Asutav_Kogu, lk 41
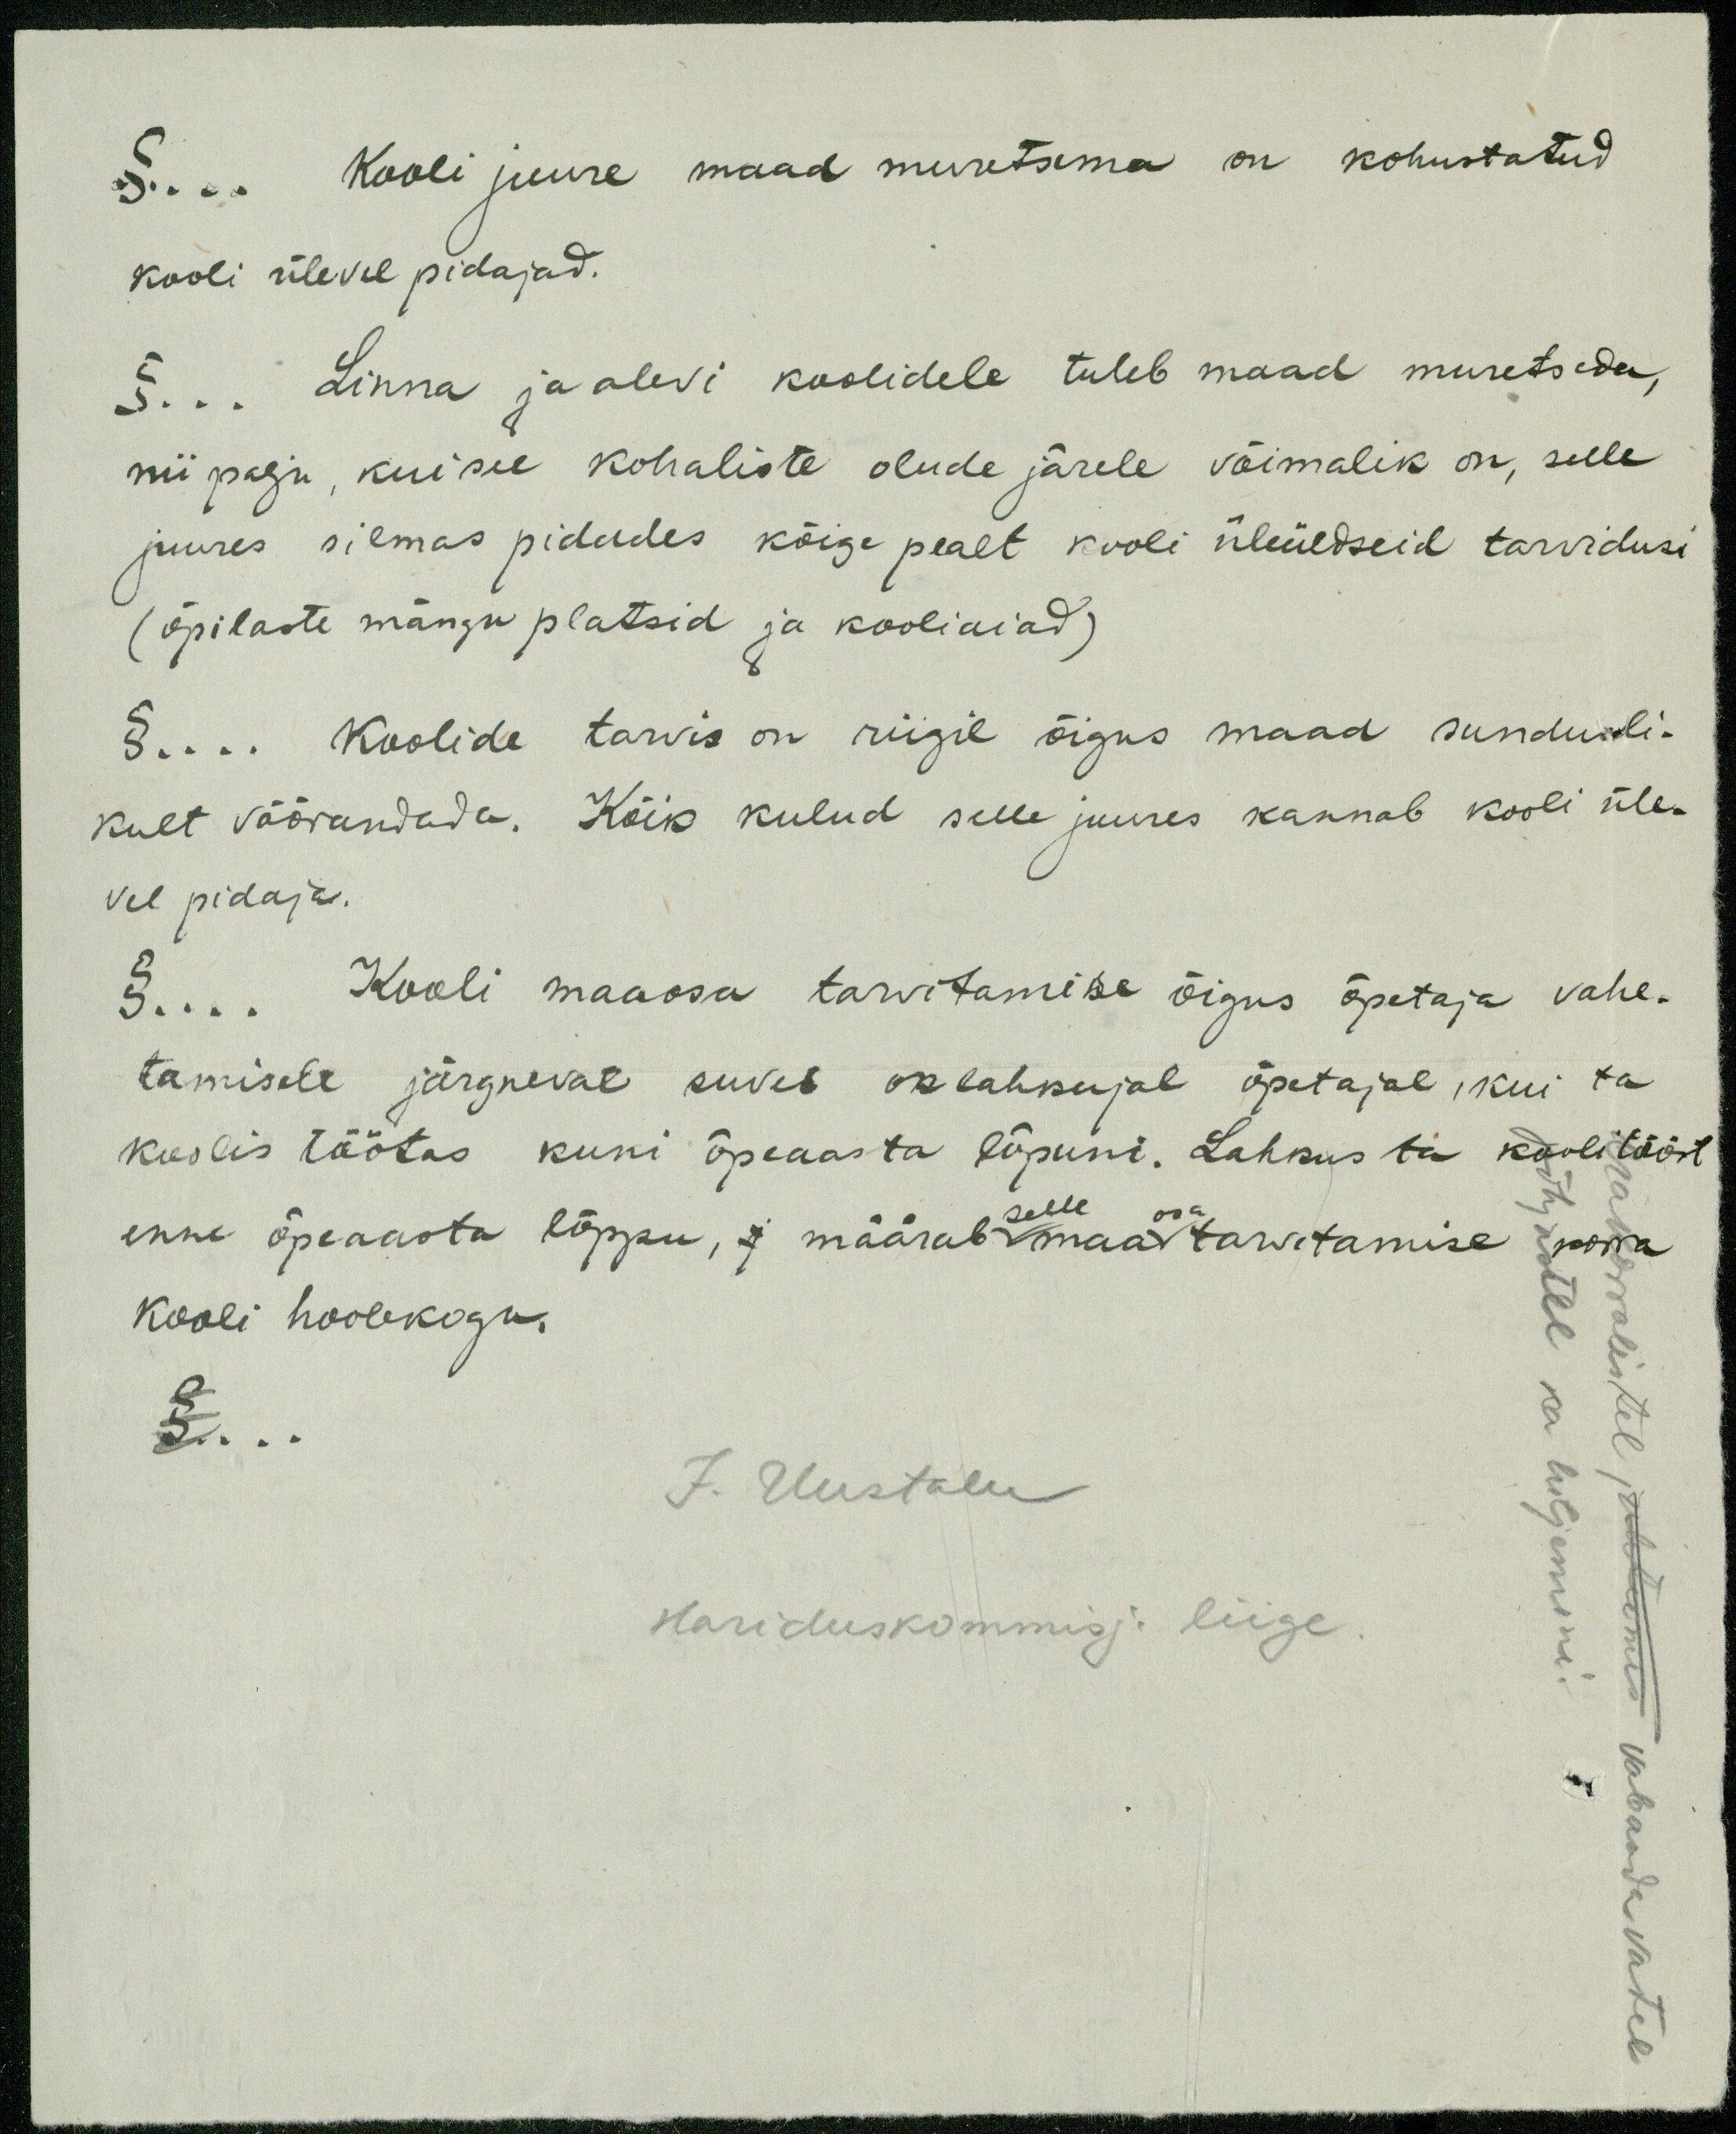
§... Kooli juure maad muretsema on kohustatud
kooli üleval pidajad.
§... Linna ja alevi koolidele tuleb maad muretseda,
nii palju, kui see kohaliste olude järele võimalik on, selle
juures silmas pidades kõige pealt kooli üleüldseid tarvidusi
(õpilaste mängu platsid ja kooliaiad)
§... Koolide tarvis on riigil õigus maad sundusli-
kult võõrandada. Kõik kulud selle juures kannab kooli üle-
vel pidaja.
§... Kooli maaosa tarvitamise õigus õpetaja vahe-
tamisele järgneval suvel on lahkujal õpetajal, kui ta
koolis töötas kuni õpeaasta lõpuni. Lahkus ta koolitööst
selle
enne õpeaasta lõppu, j määrab selle  maa osa tarvitamise
selle
kooli hoolekogu.
§ ...
J. Uustalu
Hariduskommisj. liige